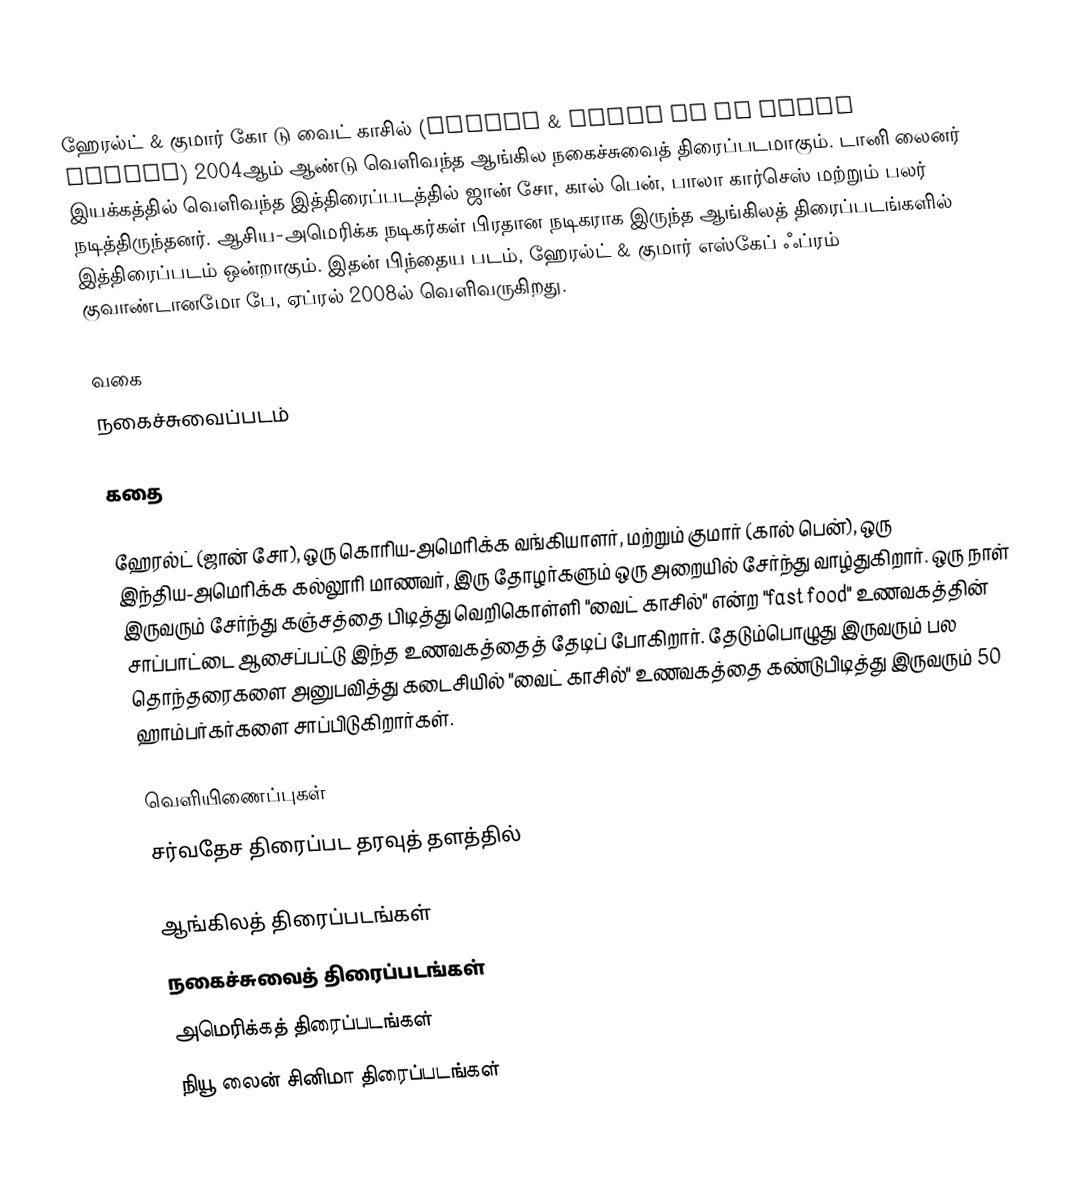
ஹேரல்ட் & குமார் கோ டு வைட் காசில் (Harold & Kumar Go to White Castle) 2004ஆம் ஆண்டு வெளிவந்த ஆங்கில நகைச்சுவைத் திரைப்படமாகும். டானி லைனர் இயக்கத்தில் வெளிவந்த இத்திரைப்படத்தில் ஜான் சோ, கால் பென், பாலா கார்செஸ் மற்றும் பலர் நடித்திருந்தனர். ஆசிய-அமெரிக்க நடிகர்கள் பிரதான நடிகராக இருந்த ஆங்கிலத் திரைப்படங்களில் இத்திரைப்படம் ஒன்றாகும். இதன் பிந்தைய படம், ஹேரல்ட் & குமார் எஸ்கேப் ஃப்ரம் குவாண்டானமோ பே, ஏப்ரல் 2008ல் வெளிவருகிறது.

வகை
நகைச்சுவைப்படம்

கதை

ஹேரல்ட் (ஜான் சோ), ஒரு கொரிய-அமெரிக்க வங்கியாளர், மற்றும் குமார் (கால் பென்), ஒரு இந்திய-அமெரிக்க கல்லூரி மாணவர், இரு தோழர்களும் ஒரு அறையில் சேர்ந்து வாழ்துகிறார். ஒரு நாள் இருவரும் சேர்ந்து கஞ்சத்தை பிடித்து வெறிகொள்ளி "வைட் காசில்" என்ற "fast food" உணவகத்தின் சாப்பாட்டை ஆசைப்பட்டு இந்த உணவகத்தைத் தேடிப் போகிறார். தேடும்பொழுது இருவரும் பல தொந்தரைகளை அனுபவித்து கடைசியில் "வைட் காசில்" உணவகத்தை கண்டுபிடித்து இருவரும் 50 ஹாம்பர்கர்களை சாப்பிடுகிறார்கள்.

வெளியிணைப்புகள்
 சர்வதேச திரைப்பட தரவுத் தளத்தில்

ஆங்கிலத் திரைப்படங்கள்
நகைச்சுவைத் திரைப்படங்கள்
அமெரிக்கத் திரைப்படங்கள்
நியூ லைன் சினிமா திரைப்படங்கள்